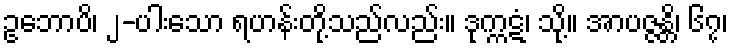
ဥဘောပိ၊ ၂-ပါးသော ရဟန်းတို့သည်လည်း။ ဒုက္ကဋံ၊ သို့။ အာပဇ္ဇန္တိ၊ ၆၇၊